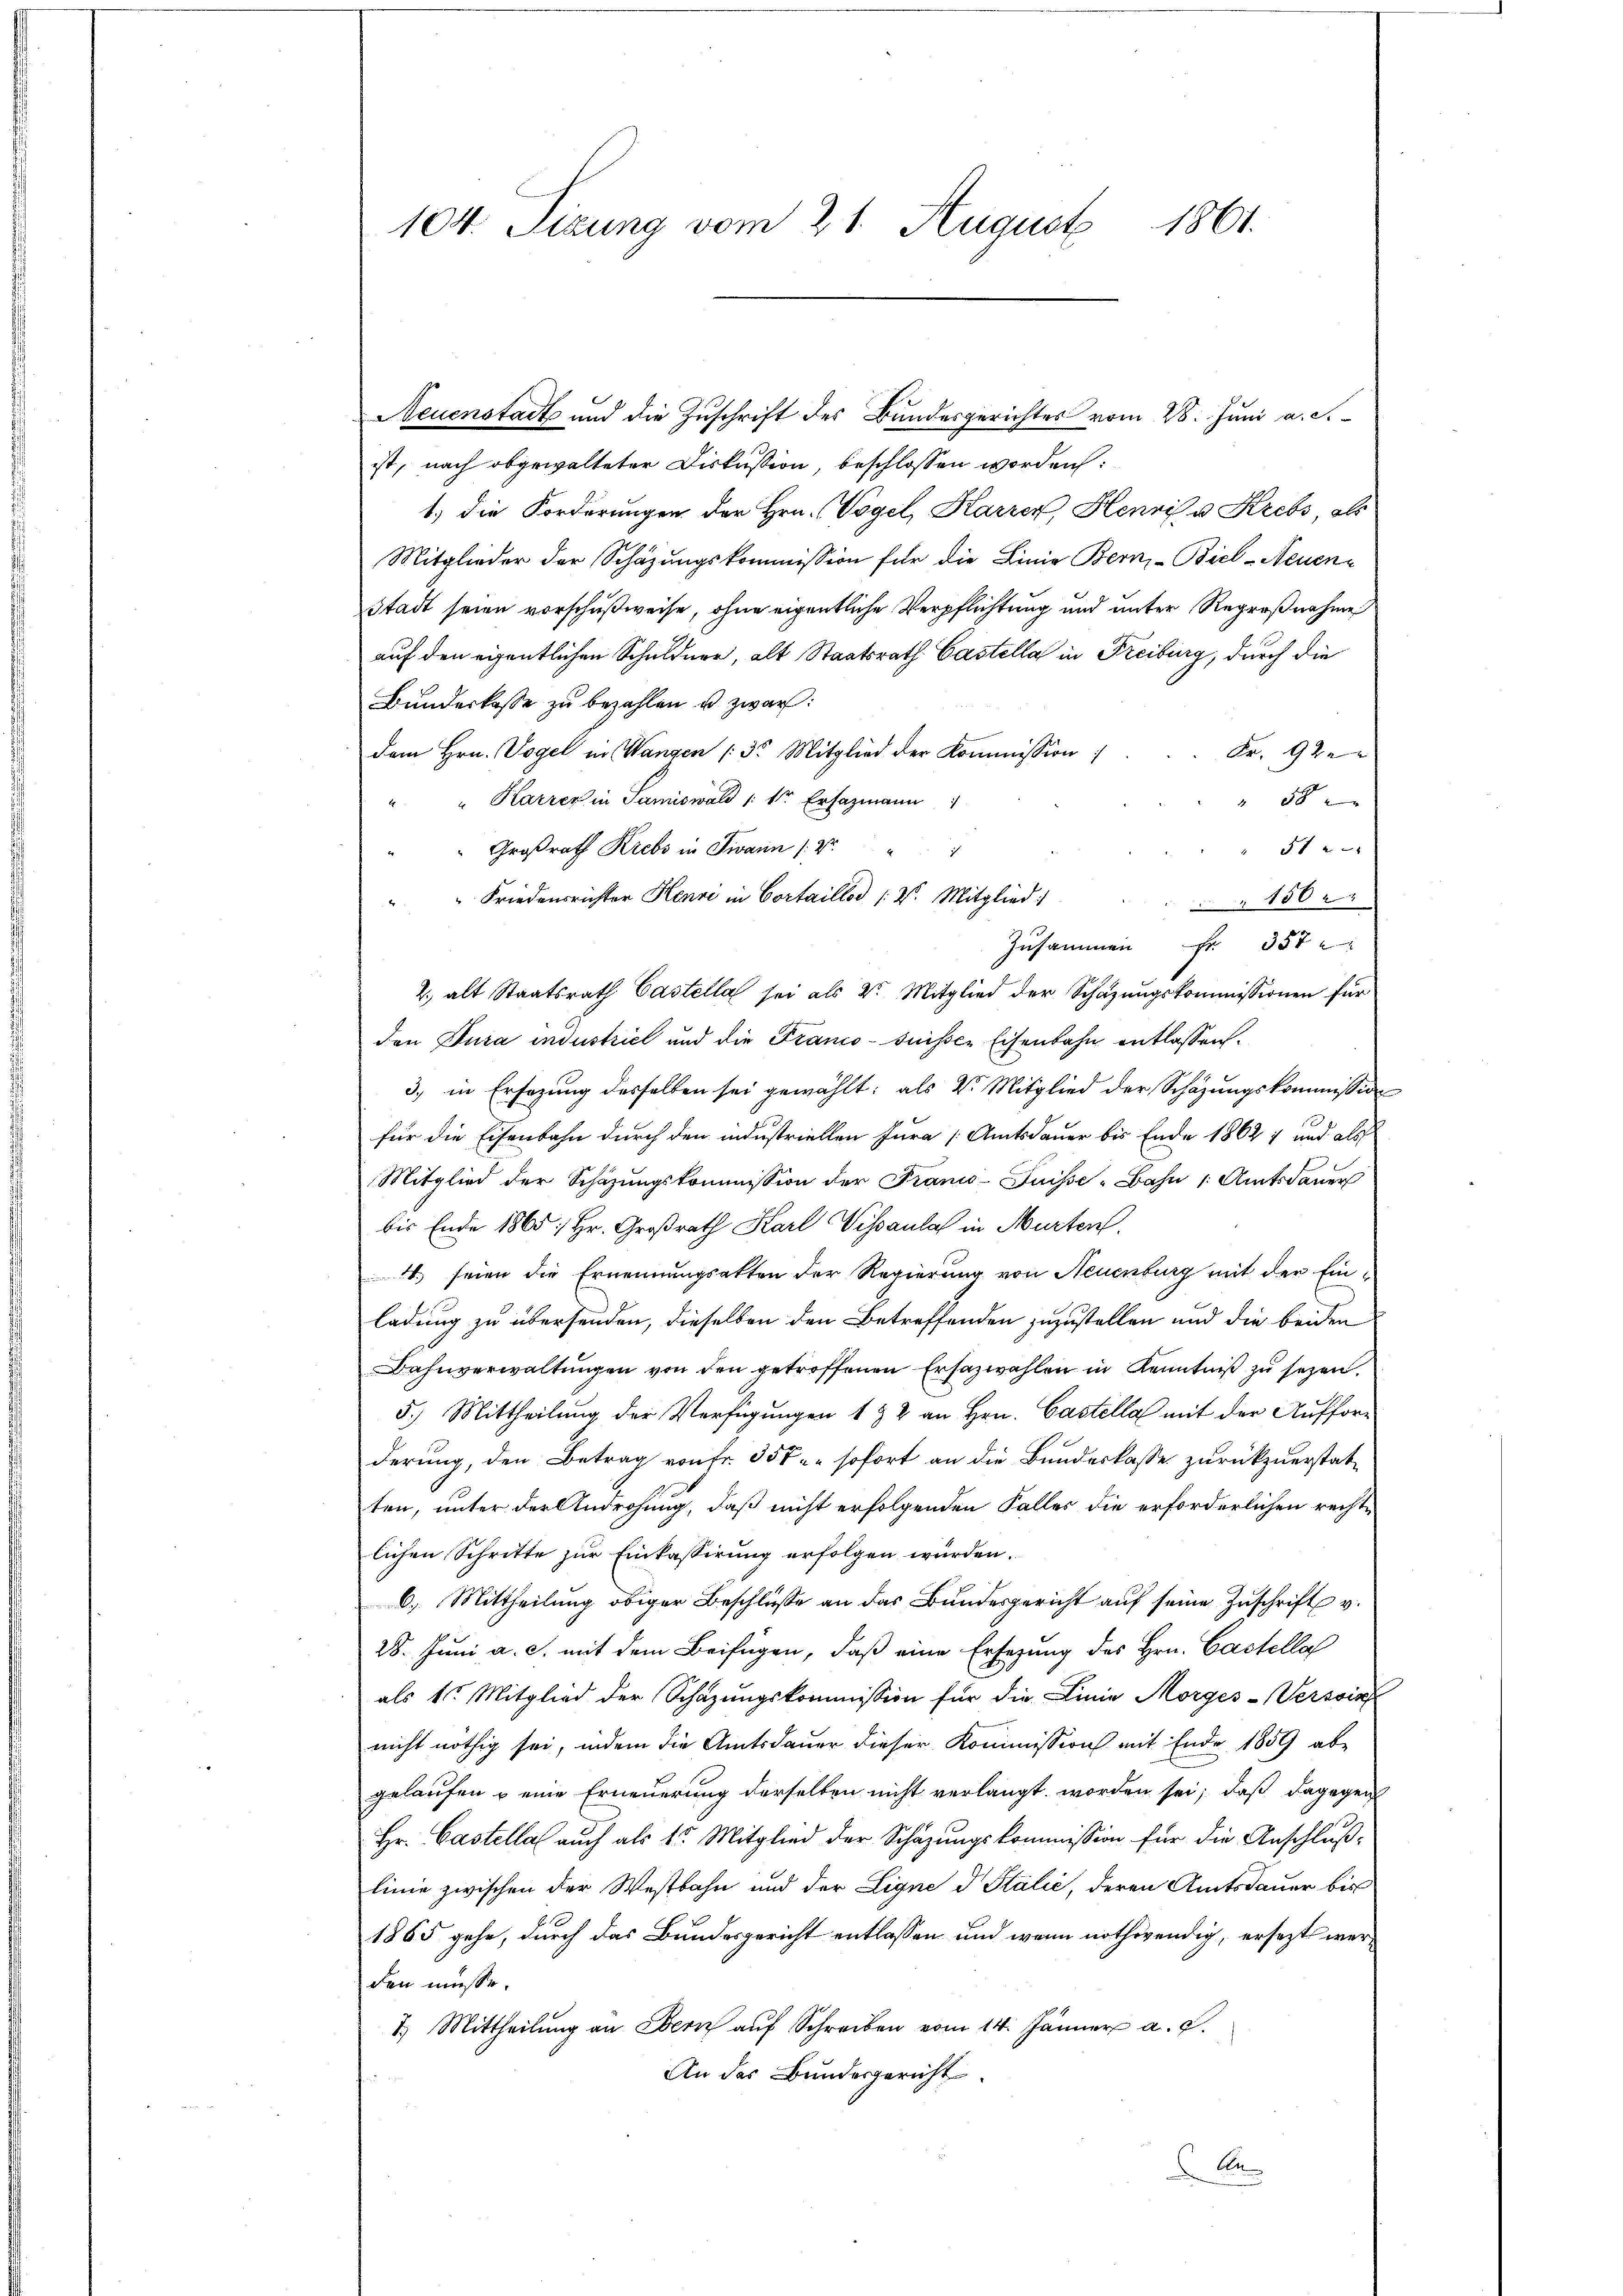
104. Sizung vom 21. August 1861.

Neuenstadt und die Zuschrift des Bundesgerichtes vom 28. Juni a. c.
ist, nach obgewalteter Diskussion, beschlossen worden:
1) die Forderungen der Hrn. Vogel, Karrer Henri u. Krebs, als
Mitglieder der Schäzŭngskommission für die Linie Bern, Biel-Neuenstadt seien vorschußweise, ohne eigentliche Verpflichtung und unter Regroßnahme
auf den eigentlichen Schuldner, alt Staatsrath Gastella in Freiburg, durch die
Bŭndeskasse zŭ bezahlen u. zwar:
Fr. 92.
dem Hrn. Vogel in Wangen (3. Mitglied der Kommission
" Karrer in Samiswald /: dr Erfazmann
 58 x
51
" Großrath Krebs in Twann (: St.
Friedensrichter Henri in Cortaillod V. Mitglied:
150
Zusammen Fr. 357
2. alt Staatsrath Castella sei als 2. Mitglied der Schazungskommissionen für
den Jura industriel und die Franco-Suisser Eisenbahn entlassen.
3. in Ersezung desselben sei gewählt; als V. Mitglied der Schazungskommission
für die Eisenbahn durch den industriellen Jura (Amtsdauer bis Ende 1862 1 und als
Mitglied der Schäzungskommission der Franco-Fuisse-Bahn /: Amtsdauer
bis Ende 1865: Hr. Großrath Karl Visaulas in Murten.
4., seien die Ernennungsakten der Regierung von Neuenburg mit der Einladung zu übersenden, dieselben den Betreffenden zuzustellen und die beiden
Bahnverwaltŭngen von den getroffenen Ersazwahlen in Kenntniß zu sezen.
5.) Mittheilung der Verfügungen 1 § 2 an Hrn. Castella mit der Aufforderung, den Betrag von fr. 357, sofort an die Bundeskasse zurückzuerstatten, unter der Androhung, daß nicht erfolgenden Falles die erforderlichen rechte
lichen Schritte zur Einkassirung erfolgen würden.
6.) Mittheilung obiger Beschlüsse an das Bundesgericht auf seine Zuschrift v.
28. Juni a. c. mit dem Beifügen, daß eine Ersezung des Hrn. Castella
als s. Mitglied der Schazungskommission für die Linie Morges-Versoin
nicht nöthig sei, indem die Amtsdauer dieser Kommission mit Ende 1859 ab
gelaufen & eine Erneuerung derselben nicht verlangt worden sei; daß dagegen
Hr. Castella auch als 15. Mitglied der Schazungskommission für die Anschlußlinie zwischen der Westbahn und der Eigne d. Stalić, deren Amtsdauer bis
1865 gehe, durch das Bundesgericht entlassen und wenn nothwendig, ersezt werden müsse.
1.) Mittheilŭng an Bern aŭf Schreiben vom 14. Jänner a. g.
An des Bundesgericht

ich

An